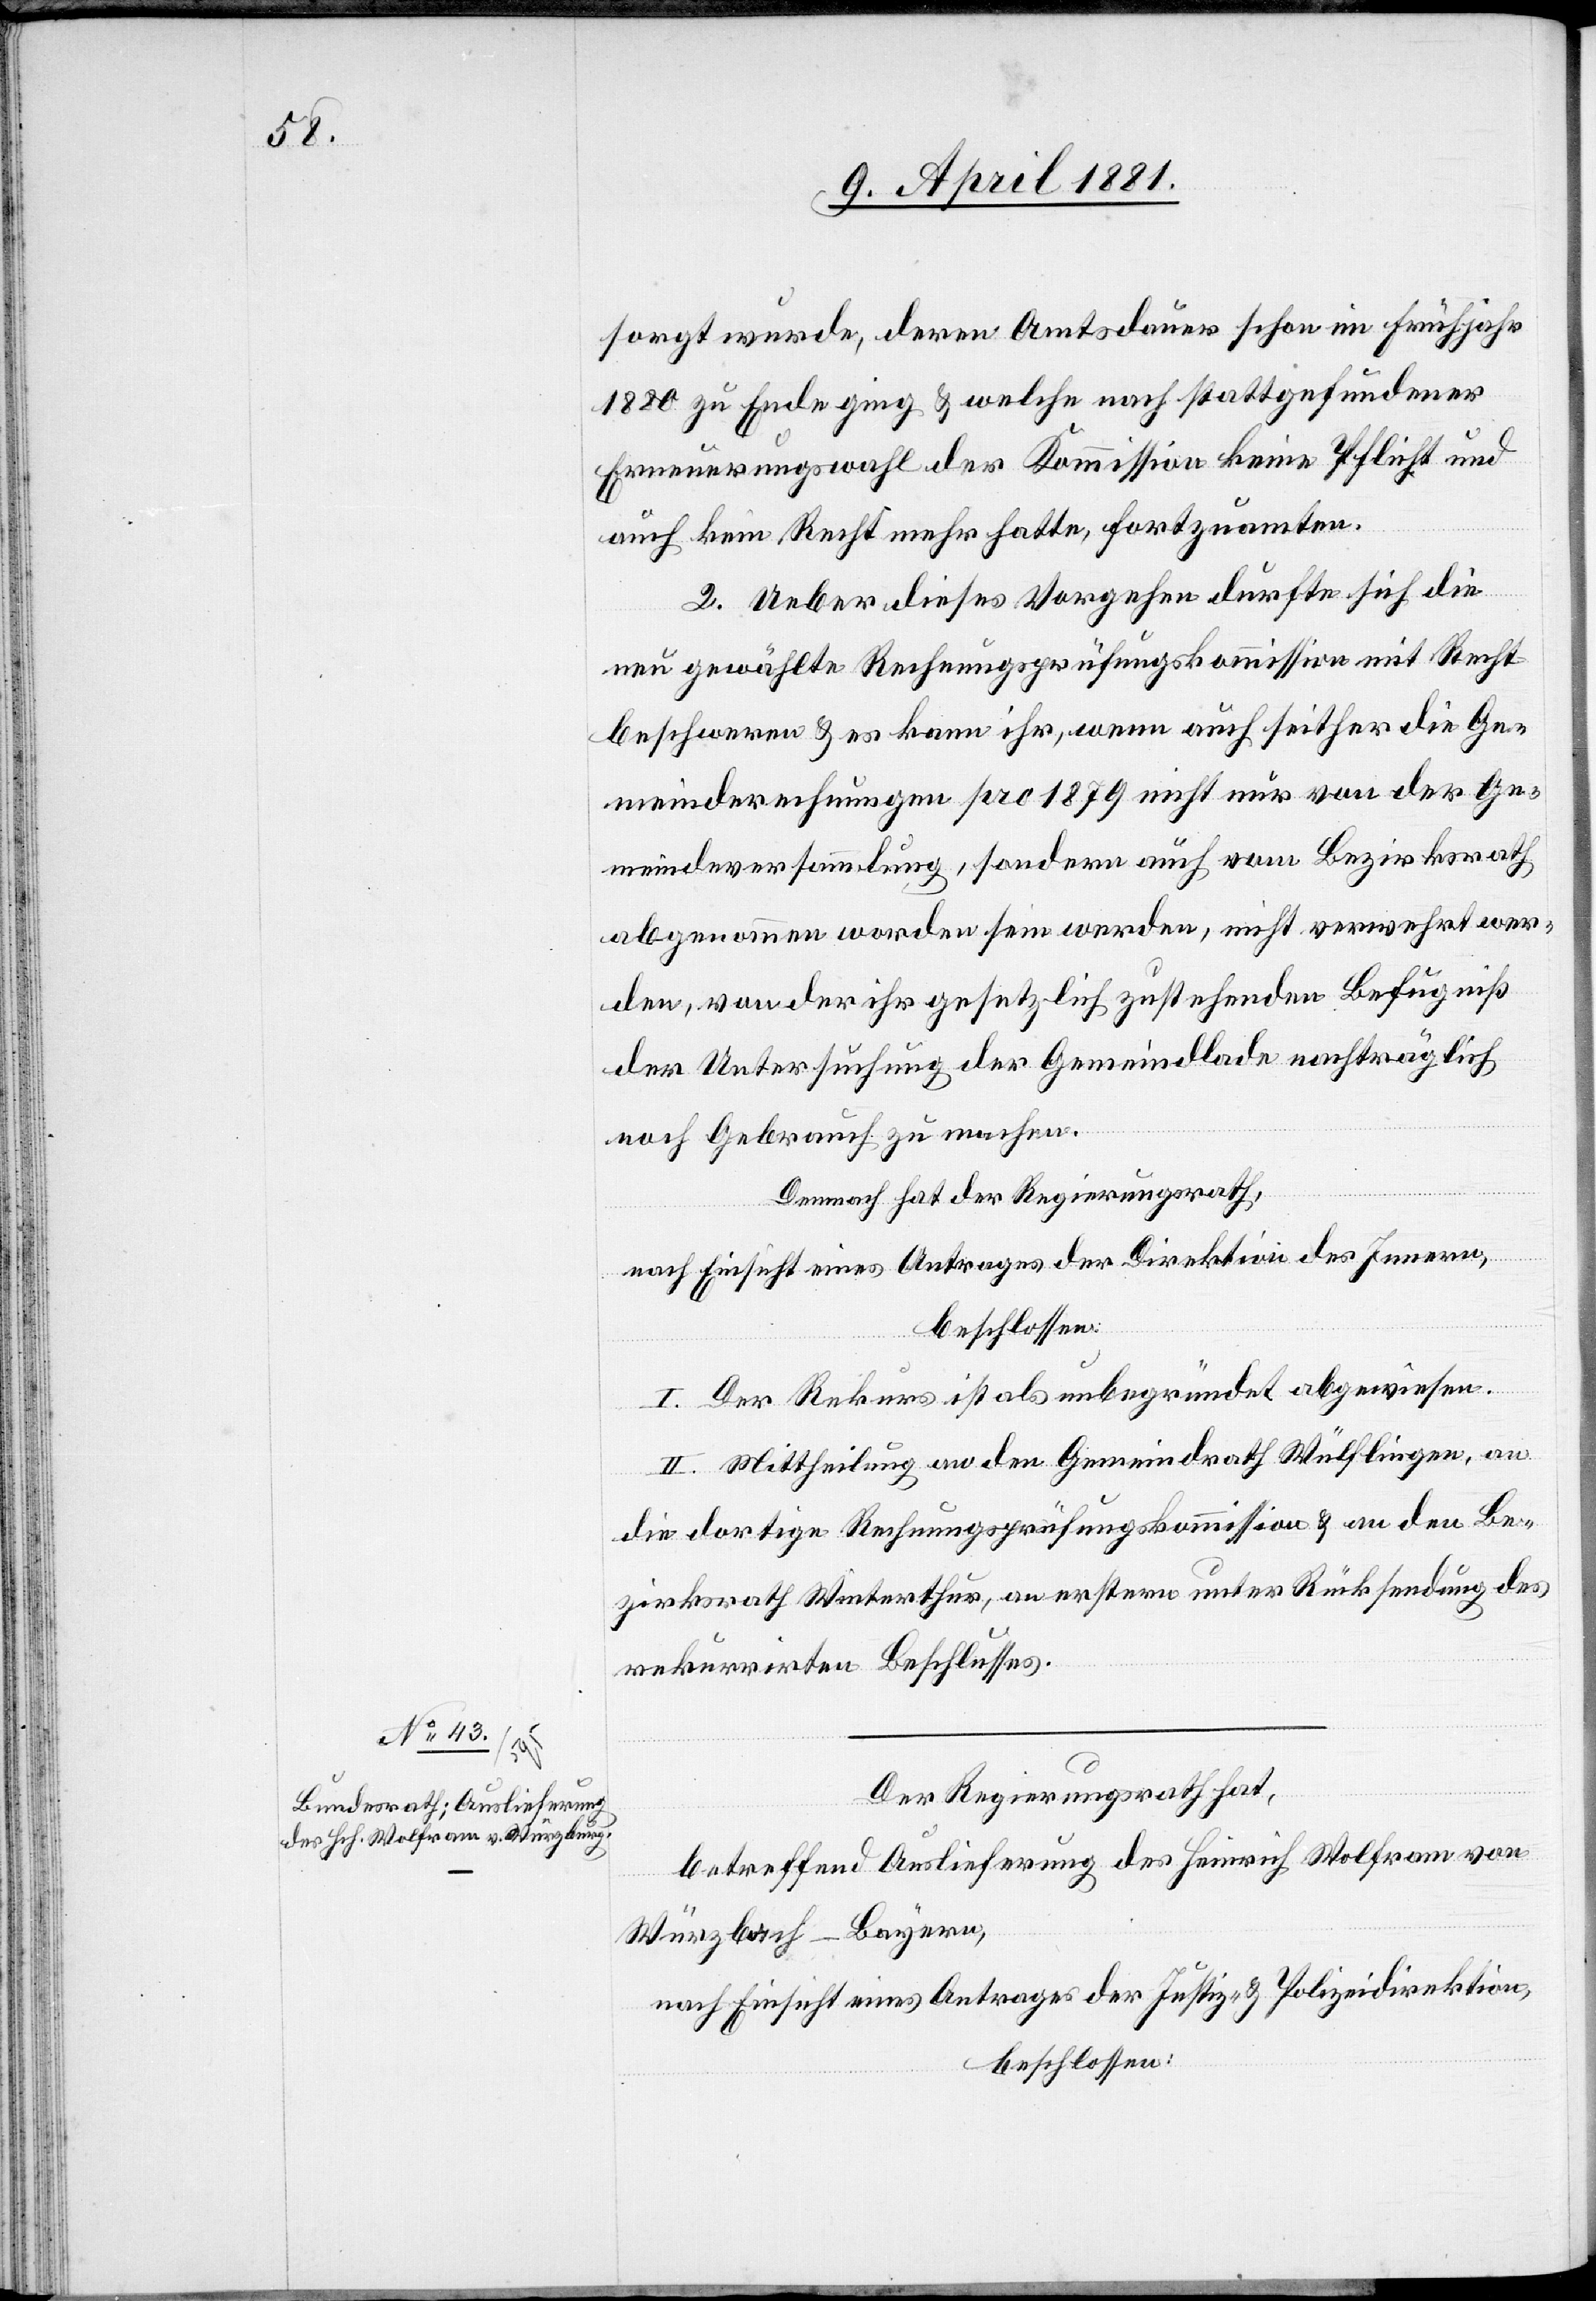
sorgt wurde, deren Amtsdauer schon im Frühjahr
1880 zu Ende ging & welche nach stattgefundener
Erneuerungswahl der Kommission keine Pflicht und
auch kein Recht mehr hatte, fortzuamten.
2. Ueber dieses Vorgehen durfte sich die
neu gewählte Rechnungsprüfungskommission mit Recht
beschweren & es kann ihr, wenn auch seither die Ge¬
meinderechnungen pro 1879 nicht nur von der Ge¬
meindeversammlung, sondern auch vom Bezirksrath
abgenommen worden sein werden, nicht verwehrt wer¬
den, von der ihr gesetzlich zustehenden Befugniß
der Untersuchung der Gemeindlade nachträglich
noch Gebrauch zu machen.
Demnach hat der Regierungsrath,
nach Einsicht eines Antrages der Direktion des Innern,
beschlossen:
I. Der Rekurs ist als unbegründet abgewiesen.
II. Mittheilung an den Gemeindrath Wülflingen, an
die dortige Rechnungsprüfungskommission & an den Be¬
zirksrath Winterthur, an erstern unter Rücksendung des
rekurrirten Beschlusses.
Der Regierungsrath hat,
betreffend Auslieferung des Heinrich Wolfram von
Würzbach - Bayern,
nach Einsicht eines Antrages der Justiz- & Polizeidirektion,
beschlossen: